Civil Veterinary Dept. Bombay admin report 1907-1913 - 1907-1913
Year: 1907
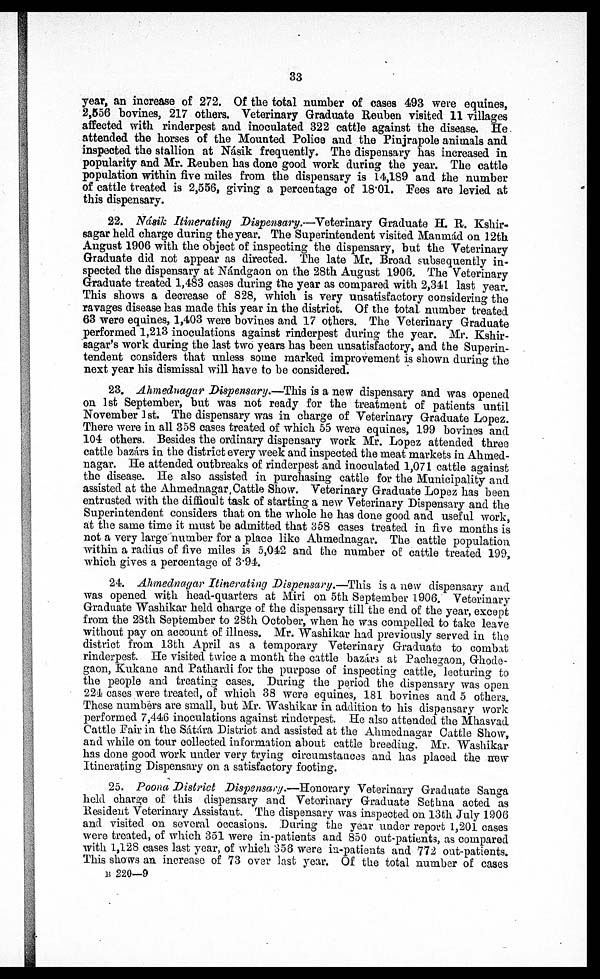
33
year, an increase of 272. Of the total number of cases 493 were equines,
2,556 bovines, 217 others. Veterinary Graduate Reuben visited 11 villages
affected with rinderpest and inoculated 322 cattle against the disease. He
attended the horses of the Mounted Police and the Pinjrapole animals and
inspected the stallion at Násik frequently. The dispensary has increased in
popularity and Mr. Reuben has done good work during the year. The cattle
population within five miles from the dispensary is 14,189 and the number
of cattle treated is 2,556, giving a percentage of 18.01. Fees are levied at
this dispensary.
22. Násik Itinerating Dispensary.—Veterinary Graduate H. R. Kshir-
sagar held charge during the year. The Superintendent visited Manmád on 12th
August 1906 with the object of inspecting the dispensary, but the Veterinary
Graduate did not appear as directed. The late Mr. Broad subsequently in-
spected the dispensary at Nándgaon on the 28th August 1906. The Veterinary
Graduate treated 1,483 cases during the year as compared with 2,341 last year.
This shows a decrease of 828, which is very unsatisfactory considering the
ravages disease has made this year in the district. Of the total number treated
63 were equines, 1,403 were bovines and 17 others. The Veterinary Graduate
performed 1,213 inoculations against rinderpest during the year. Mr. Kshir-
sagar's work during the last two years has been unsatisfactory, and the Superin-
tendent considers that unless some marked improvement is shown during the
next year his dismissal will have to be considered.
23. Ahmednagar Dispensary.—This is a new dispensary and was opened
on 1st September, but was not ready for the treatment of patients until
November 1st. The dispensary was in charge of Veterinary Graduate Lopez.
There were in all 358 cases treated of which 55 were equines, 199 bovines and
104 others. Besides the ordinary dispensary work Mr. Lopez attended three
cattle bazars in the district every week and inspected the meat markets in Ahmed-
nagar. He attended outbreaks of rinderpest and inoculated 1,071 cattle against
the disease. He also assisted in purchasing cattle for the Municipality and
assisted at the Ahmednagar Cattle Show. Veterinary Graduate Lopez has been
entrusted with the difficult task of starting a new Veterinary Dispensary and the
Superintendent considers that on the whole he has done good and useful work,
at the same time it must be admitted that 358 cases treated in five months is
not a very large number for a place like Ahmednagar. The cattle population
within a radius of five miles is 5,042 and the number of: cattle treated 199,
which gives a percentage of 3.94.
24. Ahmednagar Itinerating Dispensary.—This is a new dispensary and
was opened with head-quarters at Miri on 5th September 1906. Veterinary
Graduate Washikar held charge of the dispensary till the end of the year, except
from the 23th September to 28th October, when he was compelled to take leave
without pay on account of illness. Mr. Washikar had previously served in the
district from 13th April as a temporary Veterinary Graduate to combat
rinderpest. He visited twice a month the cattle bazárs at Pachegaon, Ghode-
gaon, Kukane and Pathardi for the purpose of inspecting cattle, lecturing to
the people and treating cases. During the period the dispensary was open
224 cases were treated, of which 38 were equines, 181 bovines and 5 others.
These numbers are small, but Mr. Washikar in addition to his dispensary work
performed 7,446 inoculations against rinderpest. He also attended the Mhasvad
Cattle Pair in the Sátára District and assisted at the Ahmednagar Cattle Show,
and while on tour collected information about cattle breeding. Mr. Washikar
has done good work under very trying circumstances and has placed the new
Itinerating Dispensary on a satisfactory footing.
25. Poona District Dispensary.—Honorary Veterinary Graduate Sanga
held charge of this dispensary and Veterinary Graduate Sethna acted as
Resident Veterinary Assistant. The dispensary was inspected on 13th July 1906
and visited on several occasions. During the year under report 1,201 cases
were treated, of which 351 were in-patients and 850 out-patients, as compared
with 1,128 cases last year, of which 356 were in-patients and 772 out-patients.
This shows an increase of 73 over last year. Of the total number of cases
B 220—9